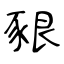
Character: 豤